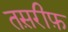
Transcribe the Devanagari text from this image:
तस़रीफ़